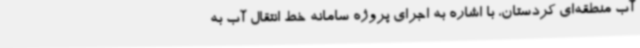
آب منطقه‌ای کردستان، با اشاره به اجرای پروژه سامانه خط انتقال آب به